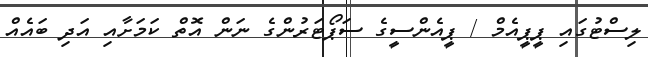
ލިސްޓުގައި ޕީޕީއެމް / ޕީއެންސީގެ ސަޕޯޓަރުންގެ ނަން އޮތް ކަމަށާއި އަދި ބައެއް